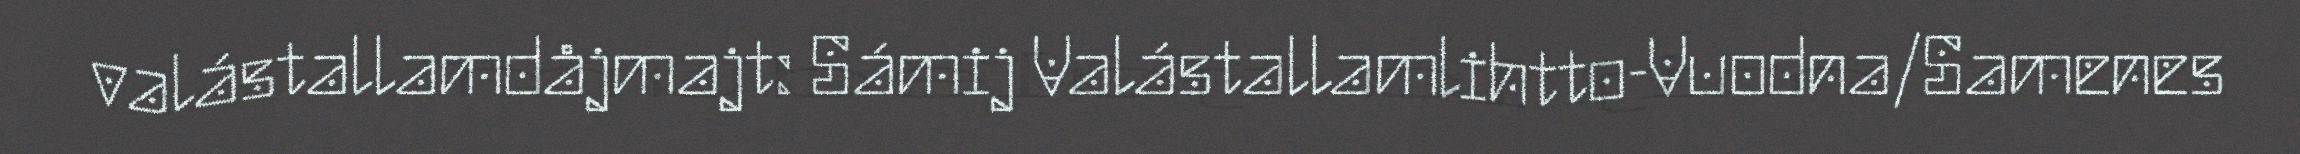
valástallamdåjmajt: Sámij Valástallamlihtto-Vuodna/Samenes